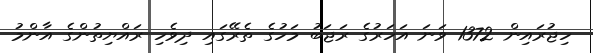
ހިޖުރައިން 1372 ވަނަ އަހަރުގެ ރަޖަބު މަހުގެ ތެރޭގައި ދިވެހި ރައްޔިތުންގެ އާންމު